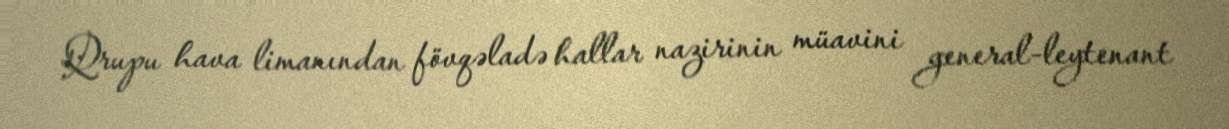
Qrupu hava limanından fövqəladə hallar nazirinin müavini general-leytenant